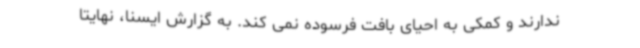
ندارند و کمکی به احیای بافت فرسوده نمی کند. به گزارش ایسنا، نهایتا